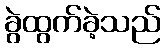
ခွဲထွက်ခဲ့သည်